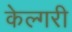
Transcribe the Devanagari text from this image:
केल्गरी